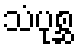
သံပုစ္ဆ